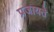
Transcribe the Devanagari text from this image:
प्रजायते